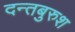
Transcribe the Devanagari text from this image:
दन्तबुरुश